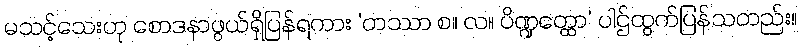
မသင့်သေးဟု စောဒနာဖွယ်ရှိပြန်ရကား ‘တဿာ စ။ လ။ ပိဏ္ဍတ္ထော’ ပါဌ်ထွက်ပြန်သတည်း။